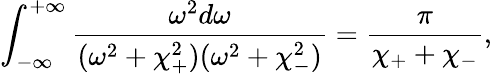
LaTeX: \int_{-\infty}^{+\infty}\frac{\omega^{2}d\omega}{(\omega^{2}+\chi_{+}^{2})(\omega^{2}+\chi_{-}^{2})}=\frac{\pi}{\chi_{+}+\chi_{-}},